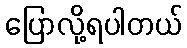
ပြောလို့ရပါတယ်